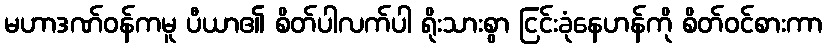
မဟာဒဏ်ဝန်ကမူ ပီယာ၏ စိတ်ပါလက်ပါ ရိုးသားစွာ ငြင်းခုံနေဟန်ကို စိတ်ဝင်စားကာ